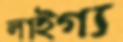
লাইগ্য